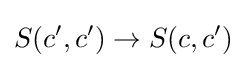
S(c',c')\to S(c,c')